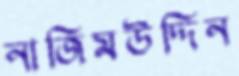
নাজিমউদ্দিন